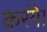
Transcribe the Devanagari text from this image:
करंगे।